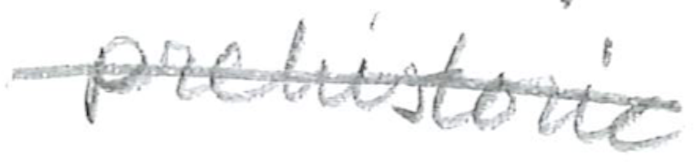
Text: prehistoric
Cross-out: single-line
Writing tool: pencil